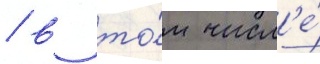
/ в то́м числ'е́